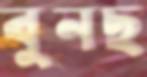
বুনছ